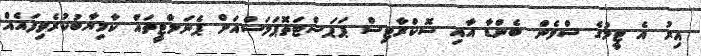
އިރު އެ ޓީމުގެ ސްވެން ބެންޑާ އާއި ސޮކްރާޓިސް ޕަޕަސްޓަތޮޕަލަސްއަށް ޕެނަލްޓީތައް ކާމިޔާބުކުރެވިފައެއް